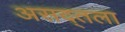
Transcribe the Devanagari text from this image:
असद्तला